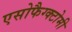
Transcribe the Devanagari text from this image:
एसोफैग्क्टोमी